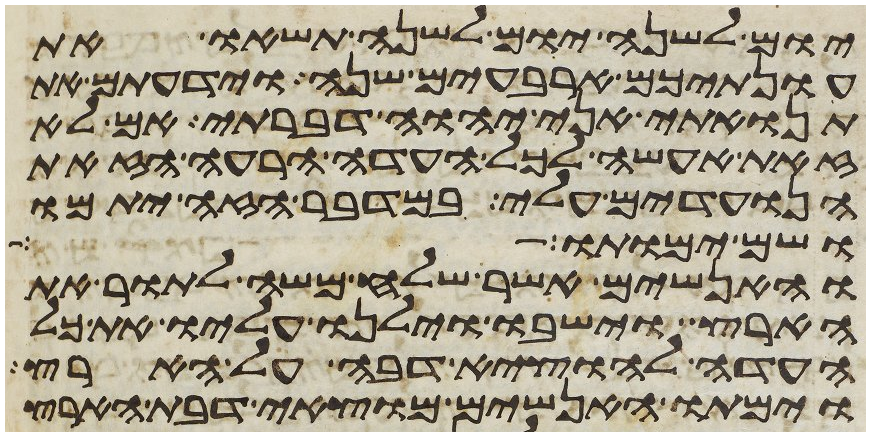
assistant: יום לשנה יום לשנה תשאו את
עונתיכם ארבעים שנה וידעתם את
תנואתי אני יהוה דברתי אם לא
זאת אעשה לכל העדה הרעה הזאת
הנועדים עלי במדבר הזה יתמו
ושם ימותו
והאנשים אשר שלח משה לתור את
הארץ וישבו וילנו עליו את כל
העדה להוציא דבה על הארץ
וימתו האנשים מוצאי דבת הארץ